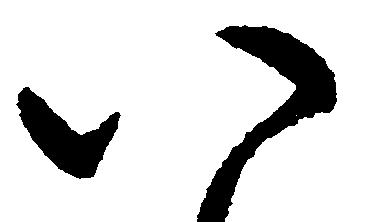
八